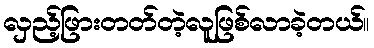
လှည့်ဖြားတတ်တဲ့လူဖြစ်လာခဲ့တယ်။